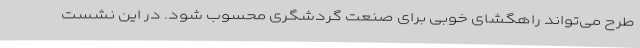
طرح می‌تواند راهگشای خوبی برای صنعت گردشگری محسوب شود. در این نشست